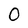
Character: 0